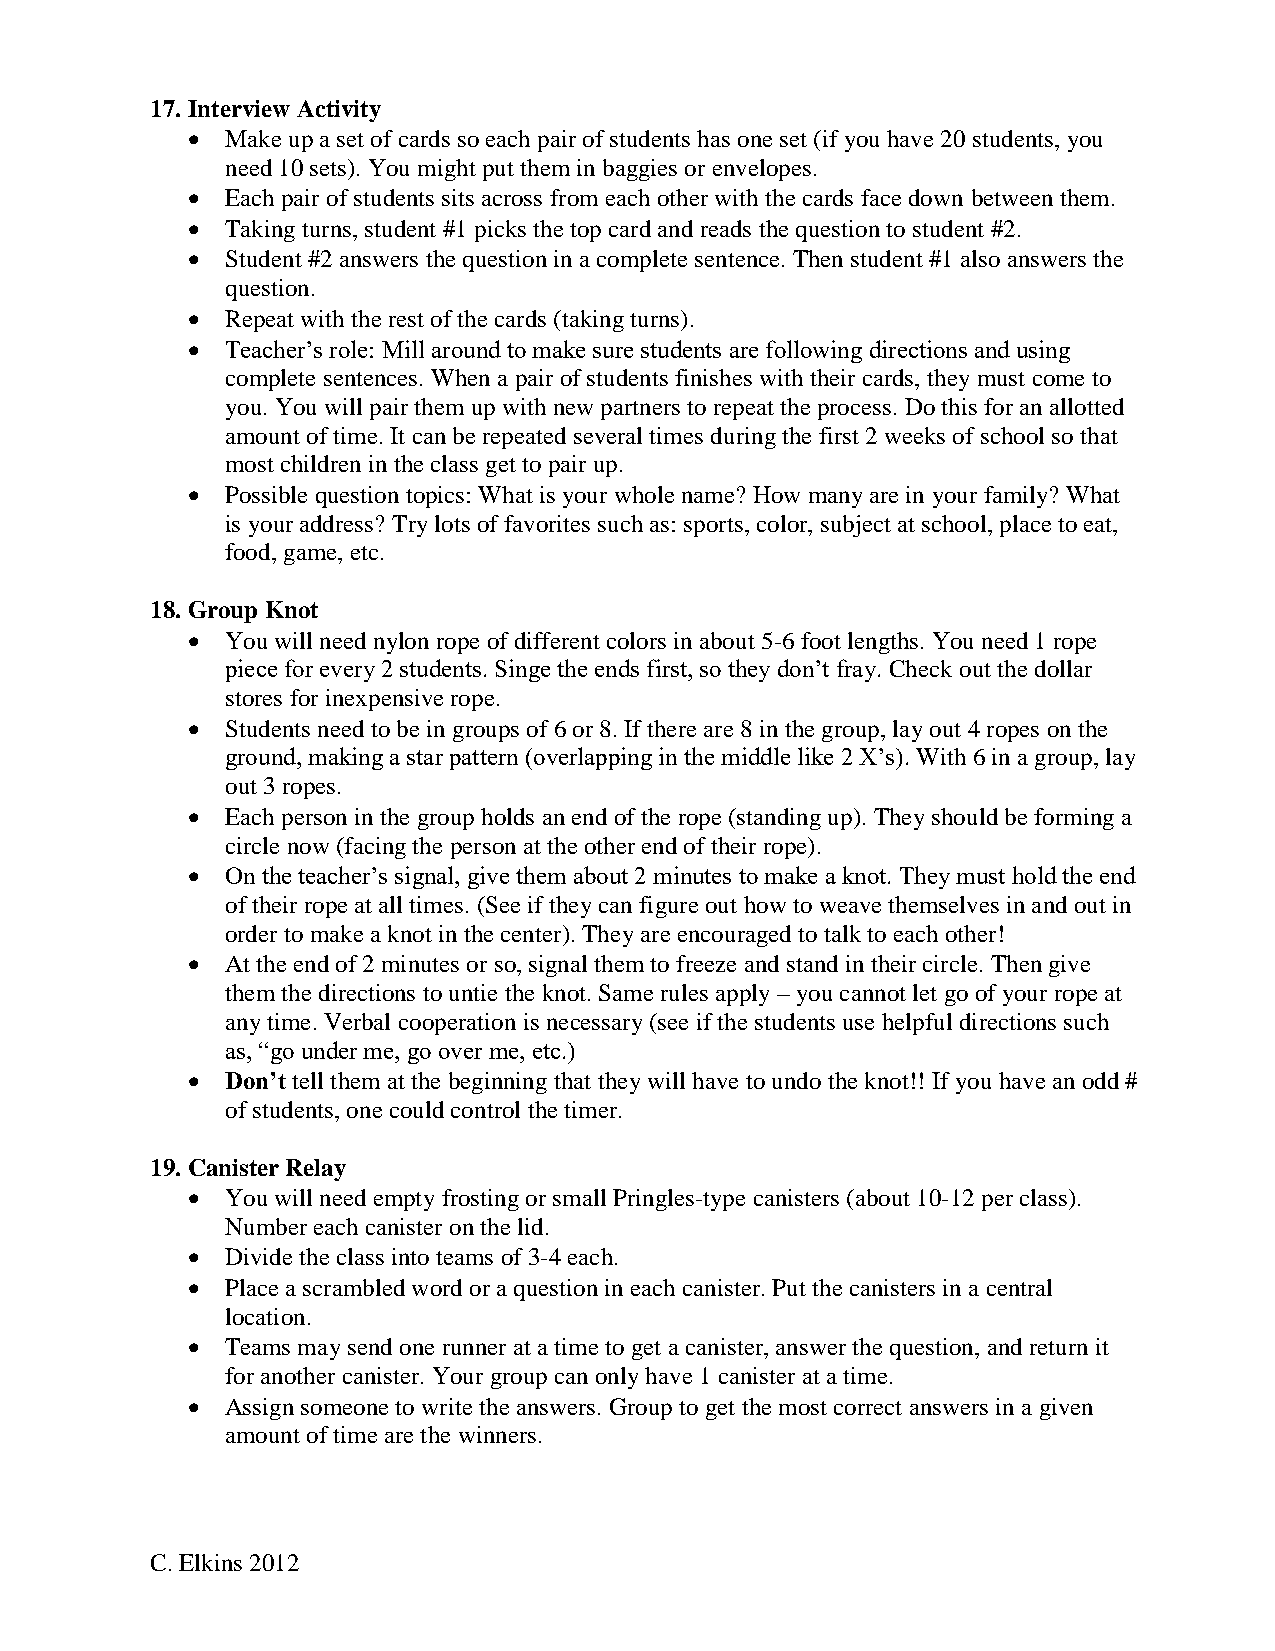
17. Interview Activity
   Make up a set of cards so each pair of students has one set (if you have 20 students, you
 need 10 sets). You might put them in baggies or envelopes.
   Each pair of students sits across from each other with the cards face down between them.
   Taking turns, student #1 picks the top card and reads the question to student #2.
   Student #2 answers the question in a complete sentence. Then student #1 also answers the
 question.
   Repeat with the rest of the cards (taking turns).
   Teacher’s role: Mill around to make sure students are following directions and using
 complete sentences. When a pair of students finishes with their cards, they must come to
 you. You will pair them up with new partners to repeat the process. Do this for an allotted
 amount of time. It can be repeated several times during the first 2 weeks of school so that
 most children in the class get to pair up.
   Possible question topics: What is your whole name? How many are in your family? What
 is your address? Try lots of favorites such as: sports, color, subject at school, place to eat,
 food, game, etc.
 18. Group Knot
   You will need nylon rope of different colors in about 5-6 foot lengths. You need 1 rope
 piece for every 2 students. Singe the ends first, so they don’t fray. Check out the dollar
 stores for inexpensive rope.
   Students need to be in groups of 6 or 8. If there are 8 in the group, lay out 4 ropes on the
 ground, making a star pattern (overlapping in the middle like 2 X’s). With 6 in a group, lay
 out 3 ropes.
   Each person in the group holds an end of the rope (standing up). They should be forming a
 circle now (facing the person at the other end of their rope).
   On the teacher’s signal, give them about 2 minutes to make a knot. They must hold the end
 of their rope at all times. (See if they can figure out how to weave themselves in and out in
 order to make a knot in the center). They are encouraged to talk to each other!
   At the end of 2 minutes or so, signal them to freeze and stand in their circle. Then give
 them the directions to untie the knot. Same rules apply – you cannot let go of your rope at
 any time. Verbal cooperation is necessary (see if the students use helpful directions such
 as, “go under me, go over me, etc.)
   Don’t tell them at the beginning that they will have to undo the knot!! If you have an odd #
 of students, one could control the timer.
 19. Canister Relay
   You will need empty frosting or small Pringles-type canisters (about 10-12 per class).
 Number each canister on the lid.
   Divide the class into teams of 3-4 each.
   Place a scrambled word or a question in each canister. Put the canisters in a central
 location.
   Teams may send one runner at a time to get a canister, answer the question, and return it
 for another canister. Your group can only have 1 canister at a time.
   Assign someone to write the answers. Group to get the most correct answers in a given
 amount of time are the winners.
 C. Elkins 2012